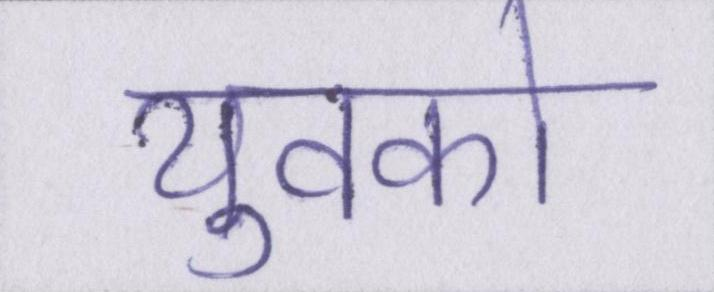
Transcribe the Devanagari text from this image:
युवको